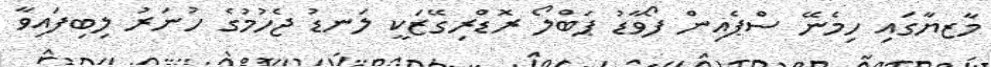
މާޒޔާގައި ހިމެނޭ ސްޕެއިން ފޯވާޑު ޕަބްލޯ ރޮޑްރިގޭޒަކީ ލަނޑު ޖެހުމުގެ ހުނަރު ލިބިފައިވާ